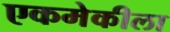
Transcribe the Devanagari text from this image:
एकमेकीला